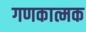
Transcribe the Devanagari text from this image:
गणकात्मक